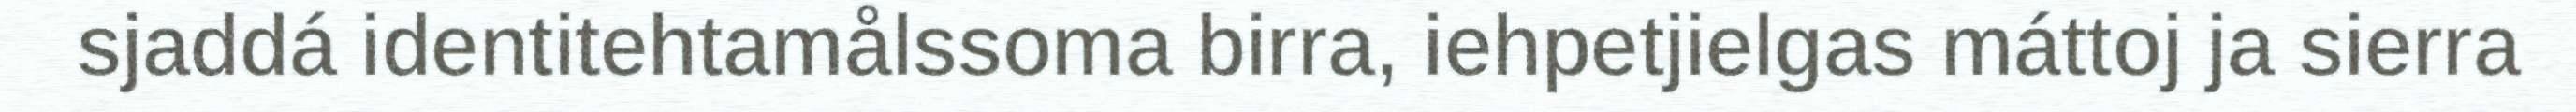
sjaddá identitehtamålssoma birra, iehpetjielgas máttoj ja sierra